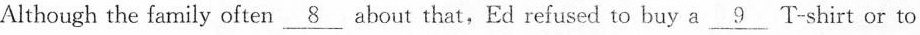
Although the family often \underline{8} about that,Ed refused to buy a \underline{9} T shirt or to